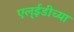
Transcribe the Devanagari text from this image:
एल्ईडीच्या